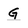
Character: G